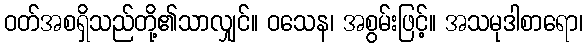
ဝတ်အစရှိသည်တို့၏သာလျှင်။ ဝသေန၊ အစွမ်းဖြင့်။ အသမုဒါစာရော၊